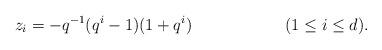
LaTeX: \begin{align*} z_i &= - q^{-1} (q^i-1)(1+q^i) && (1 \leq i \leq d).\end{align*}